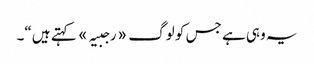
یہ وہی ہے جس کو لوگ «رجبیہ» کہتے ہیں“۔